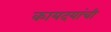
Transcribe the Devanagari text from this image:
कायदयांची